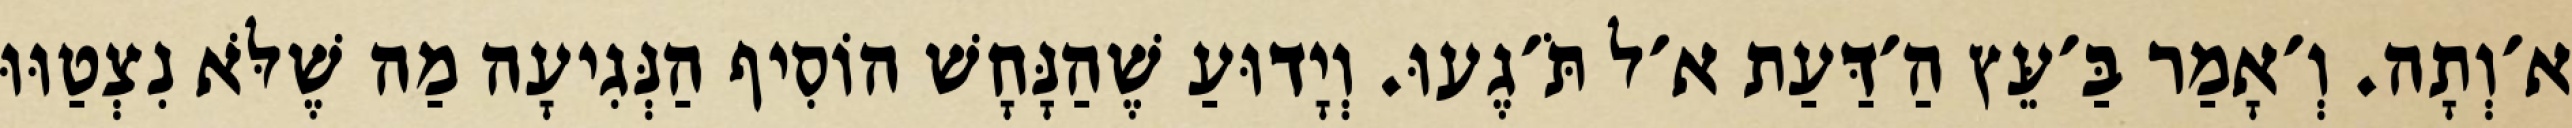
א׳וְתָה. וְ׳אָמַר בַּ׳עֵּץ הַ׳דַּעַת א׳ל תֹּ׳גֶעוּ. וְיָדוּעַ שֶׁהַנָּחָשׁ הוֹסִיף הַנְּגִיעָה מַה שֶׁלֹּא נִצְטַוּוּ